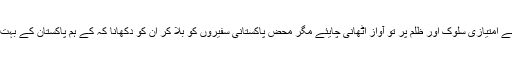
وجہ ظاہر ہے کہ میں لکھ چکُا ہوں میں سمجھتا ہوں کہ ہمیں مسیحوں سے امتیازی سلوک اور ظلم پر تو آواز اٹھانی چایئے مگر محض پاکستانی سفیروں کو بلا کر ان کو دکھانا کہ کے ہم پاکستان کے بہت وفادار ہیں، ہمیں کسی سے بھی حب الوطنی کوئ سرٹیفیکٹ نہی چاہے۔